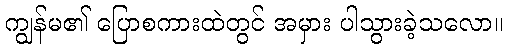
ကျွန်မ၏ ပြောစကားထဲတွင် အမှား ပါသွားခဲ့သလော။